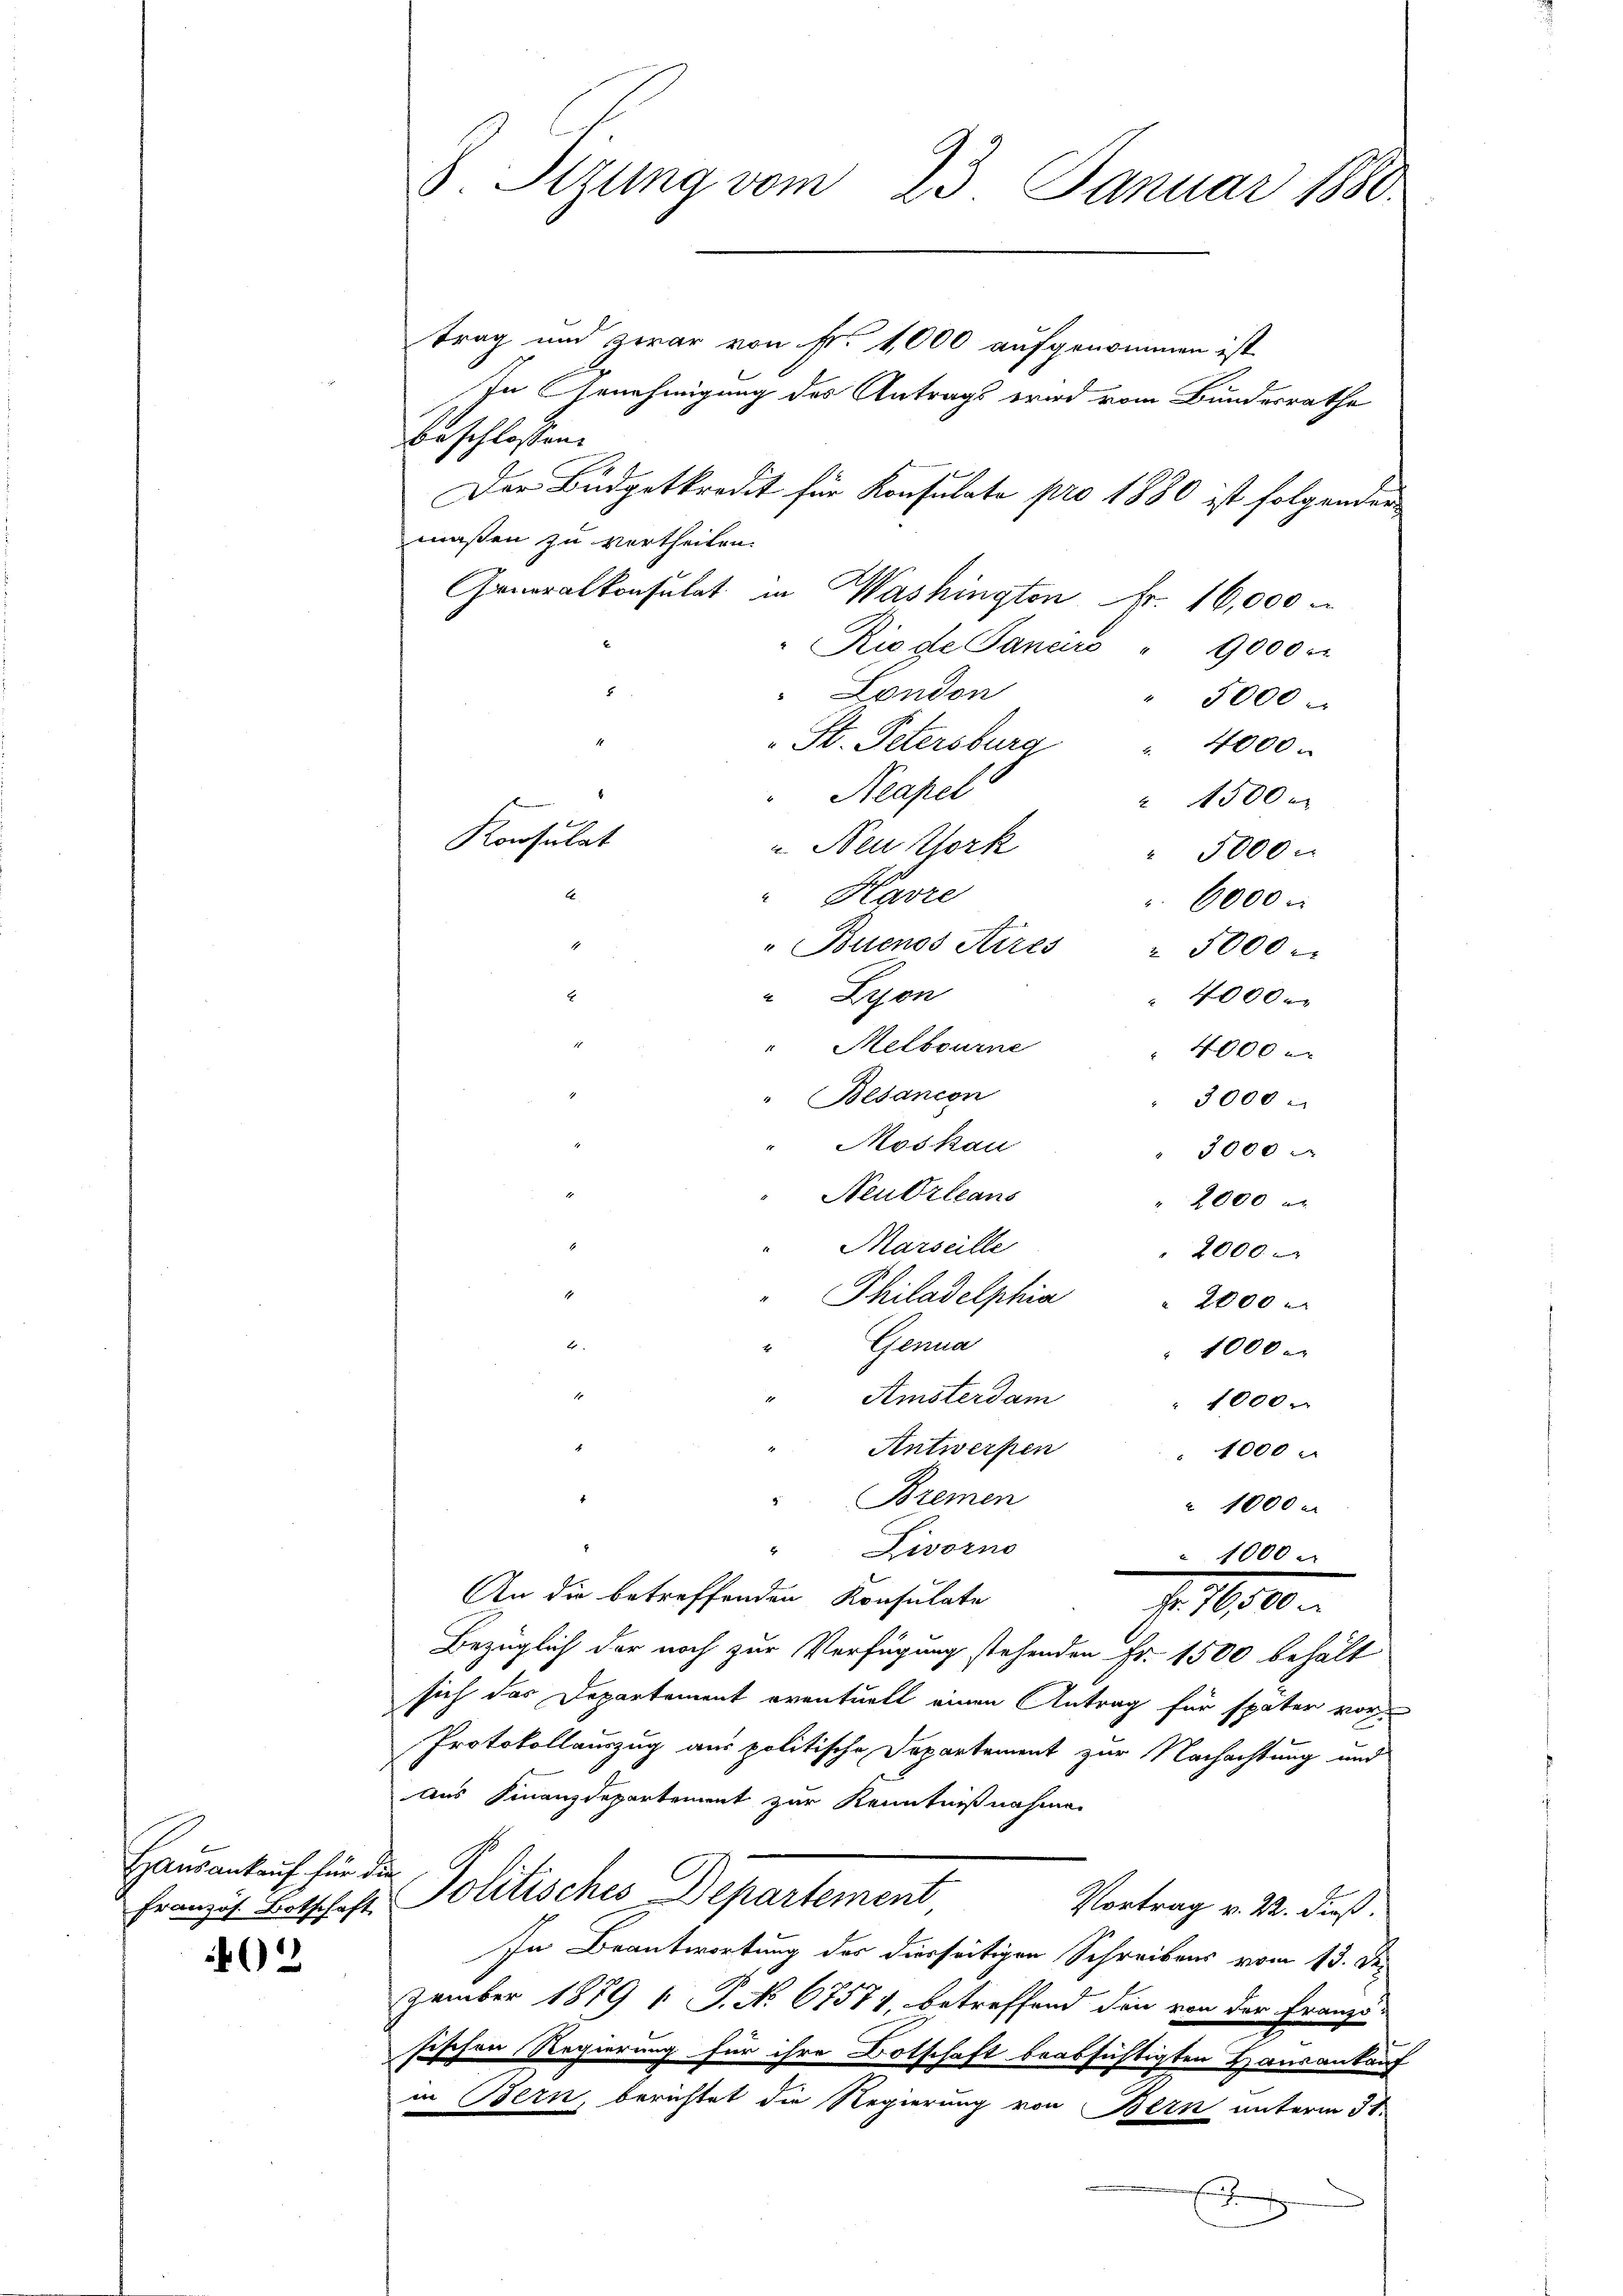
Haŭsankauf für die
2

B. Sizung vom 23. Januar 1880.

trag und zwar von Fr. 1,000 aufgenommen ist
In Genehmigung des Antrags wird vom Bundesrathe
beschlossen. |
Der Budgetkredit für Konsulate pro 1880 ist folgender
maßen zu vertheilen.
Generalkonsulat in Washington Fr. 16,000
"Rio de Sanaro " 9000.
 London
5000
St. Petersburg
4000
Neapel
" 1500
u Neu York
" 5000.
"Havre
6000
1
" Buenos Aires " 3000
 Lyon
4000.
" Melbourne
 4000
" Besancon
3000
Moskau
" 3000
Neudrleans
2000
Marseille
2000
Philadelphia
 2000
Genua
1000
" Amsterdam
1000.
Antwerfen
1000
Bremen
 1000
" Livorno
1000
An die betreffenden Konsulate
f. 1600.
Bezüglich der noch zur Verfügung stehenden Fr. 1500 behält
sich das Departement eventuell einen Antrag für später vor¬
Protokollauszug aus politische Departement zur Nachachtung und
aus Finanzdepartement zur Kenntnißnahmen
Franzis Botschaft Politisches Departement
Vortrag v. 22. dieß.
In Beantwortung der dierseitigen Schreibens vom 13. Der
zember 1879 ( P. No. 67571, betreffend den von der Franzö-
sischen Regierung für ihre Botschaft beabsichtigten Hausankauf
in Bern, berichtet die Regierung von Bern unterm 31.
7

Konsulat